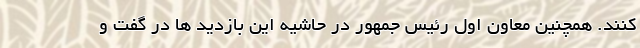
کنند. همچنین معاون اول رئیس جمهور در حاشیه این بازدید ها در گفت و